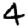
Digit: 4